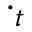
\cdot _ { t }